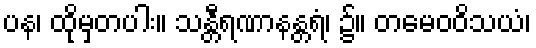
ပန၊ ထိုမှတပါး။ သန္တီရဏာနန္တရံ၊ ၌။ တမေဝဝိသယံ၊